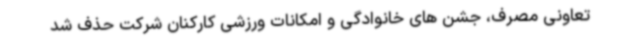
تعاونی مصرف، جشن های خانوادگی و امکانات ورزشی کارکنان شرکت حذف شد